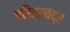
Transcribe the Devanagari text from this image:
चरित्रचंद्र